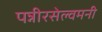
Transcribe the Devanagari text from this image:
पन्नीरसेल्वमनी